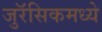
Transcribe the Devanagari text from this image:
जुरॅसिकमध्ये